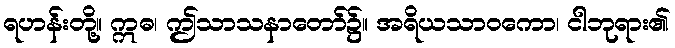
ရဟန်းတို့။ ဣဓ၊ ဤသာသနာတော်၌။ အရိယသာဝကော၊ ငါဘုရား၏